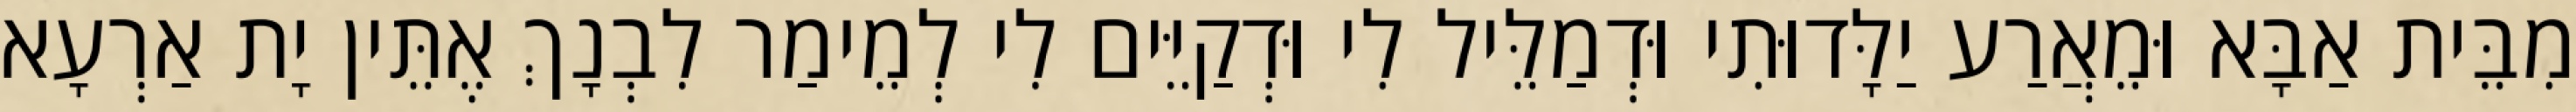
מִבֵּית אַבָּא וּמֵאֲרַע יַלָּדוּתִי וּדְמַלֵּיל לִי וּדְקַיֵּים לִי לְמֵימַר לִבְנָךְ אֶתֵּין יָת אַרְעָא